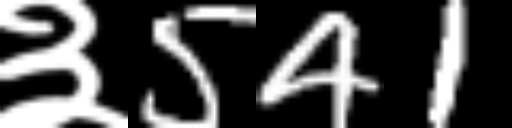
Text: ३541